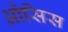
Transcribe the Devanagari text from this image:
ओसिस